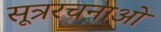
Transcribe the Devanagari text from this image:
सूत्ररचनाओं